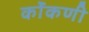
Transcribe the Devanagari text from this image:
कोंंकणी